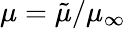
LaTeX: \mu={\tilde{\mu}}/{\mu_{\infty}}